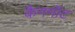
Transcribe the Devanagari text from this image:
कैननॉट